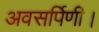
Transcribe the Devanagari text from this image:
अवसर्पिणी।